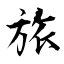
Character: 旅